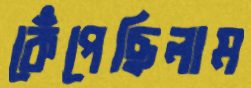
কেঁপেছিলাম